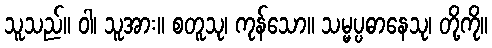
သူသည်။ ဝါ၊ သူအား။ စတူသု၊ ကုန်သော။ သမ္မပ္ပဓာနေသု၊ တို့ကို။